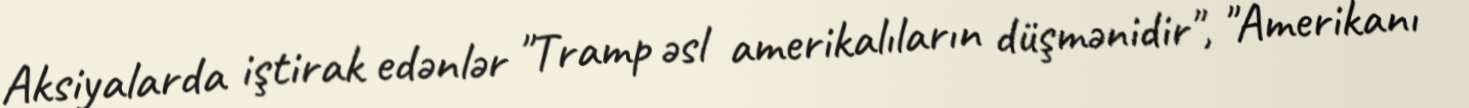
Aksiyalarda iştirak edənlər "Tramp əsl amerikalıların düşmənidir", "Amerikanı